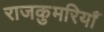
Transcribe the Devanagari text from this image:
राजकुमरियाँ